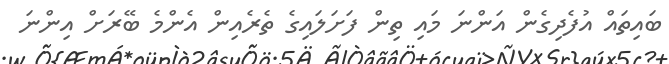
ބައިތައް އުފެދިގެން އަންނަ މައި ތިން ފަށަލައިގެ ތެރެއިން އެންމެ ބޭރަށް އިންނަ